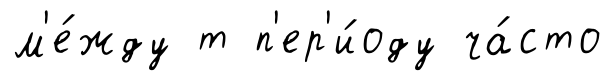
м'е́жду т п'ер'и́оду ча́сто